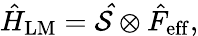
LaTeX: \hat{H}_{\mathrm{LM}}=\mathcal{\hat{S}}\otimes\hat{F}_{\mathrm{eff}},